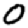
Digit: 0